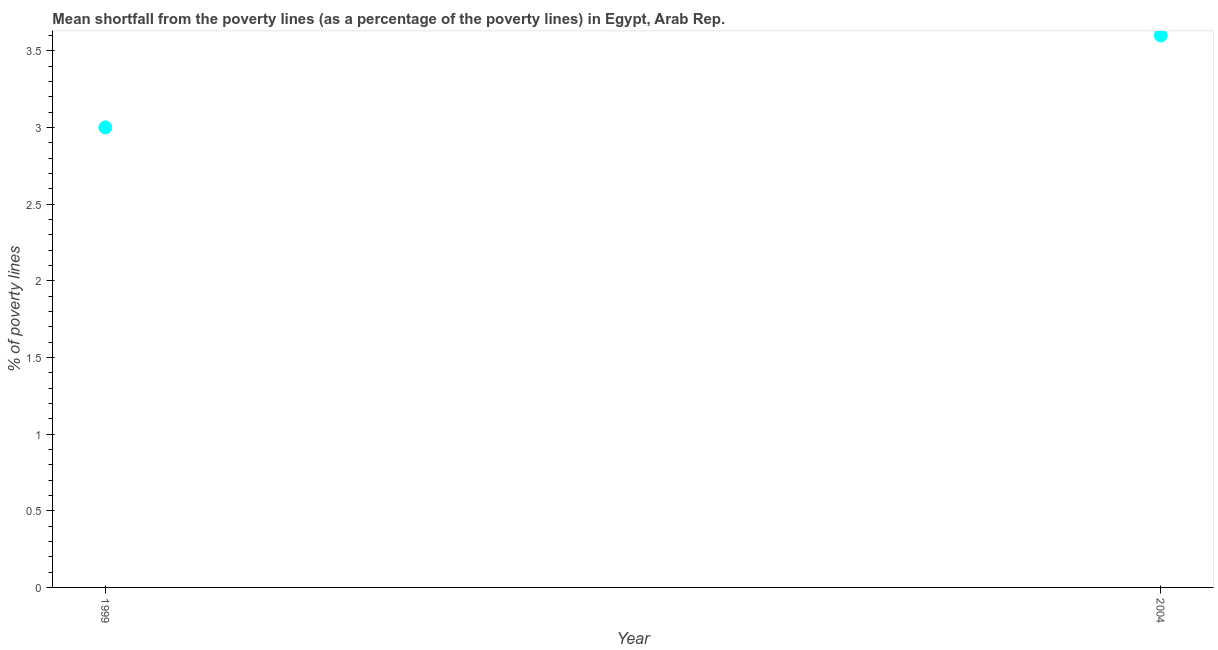
| Year | Poverty gap at national poverty lines |
 | --- | --- |
 | 1999 | 3 |
 | 2004 | 3.6 |